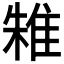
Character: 𨾲